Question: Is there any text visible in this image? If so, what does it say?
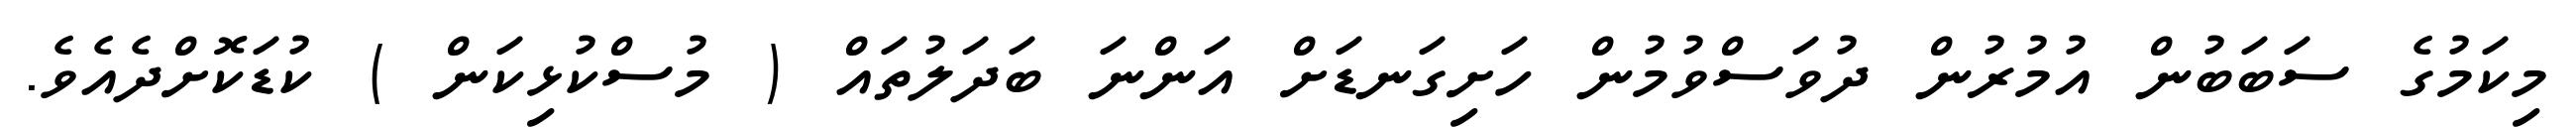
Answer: މިކަމުގެ ސަބަބުން އުމުރުން ދުވަސްވުމުން ހަށިގަނޑަށް އަންނަ ބަދަލުތައް ( މުސްކުޅިކަން ) ކުޑަކޮށްދެއެވެ.